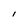
Character: I